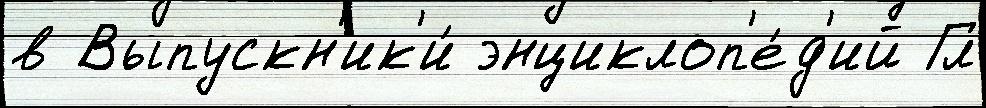
в Выпускн'ик'и́ энциклоп'е́д'ий Гл